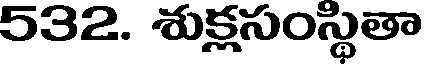
532. శుక్లసంస్థితా